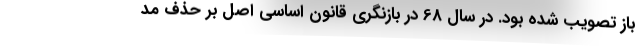
باز تصویب شده بود. در سال 68 در بازنگری قانون اساسی اصل بر حذف مد